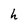
Character: h